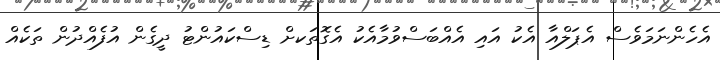
އެހެންނަމަވެސް އެޕަލްއާ އެކު އައި އެއްބަސްވުމާއެކު އެގޮތަަކށް ޑިސްކައުންޓު ދީގެން އުފެއްދުން ތަކެއް